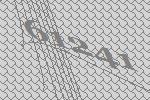
61241